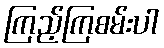
ကြည့်ကြစမ်းပါ